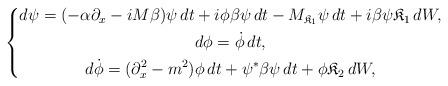
LaTeX: \begin{align*}\left\{\begin{gathered} d\psi = (-\alpha \partial_x - iM \beta) \psi \, dt + i\phi \beta \psi \, dt - M_{\mathfrak K_1} \psi \, dt + i\beta \psi \mathfrak K_1 \, dW, \\ d\phi = \dot\phi \, dt, \\ d\dot\phi = (\partial_x^2 - m^2) \phi \, dt + \psi^* \beta \psi \, dt + \phi \mathfrak K_2 \, dW,\end{gathered}\right.\end{align*}